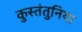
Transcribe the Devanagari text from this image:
कुस्तंतुनिया